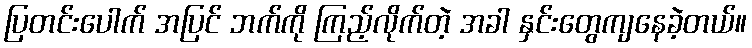
ပြတင်းပေါက် အပြင် ဘက်ကို ကြည့်လိုက်တဲ့ အခါ နှင်းတွေကျနေခဲ့တယ်။